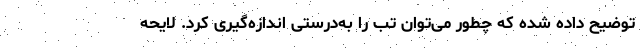
توضیح داده شده که چطور می‌توان تب را به‌درستی اندازه‌گیری کرد. لایحه